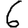
Digit: 6